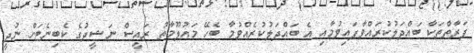
ފަރާތްތަކާ ބައްދަލުކުރައްވާފައިވުމާއި އެ ބައްދަލުކުރެއްވުމާ ބެހޭ މައުލޫމާތު ރައީސް ނަޝީދުގެ ކެބިނެޓަށް ނުދީ